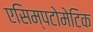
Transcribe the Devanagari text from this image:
एसिम्पटोमेटिक